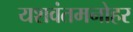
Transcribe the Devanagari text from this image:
यशवंतमनोहर